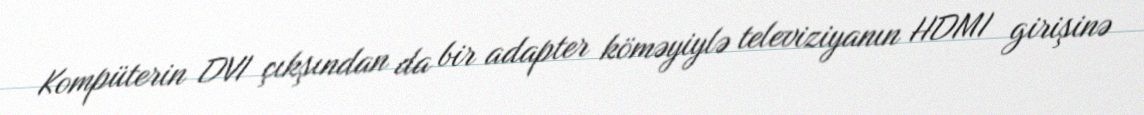
Kompüterin DVI çıkşından da bir adapter köməyiylə televiziyanın HDMI girişinə